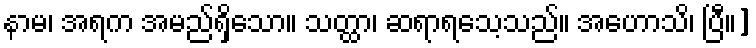
နာမ၊ အရက အမည်ရှိသော။ သတ္ထာ၊ ဆရာရသေ့သည်။ အဟောသိ၊ ပြီ။]